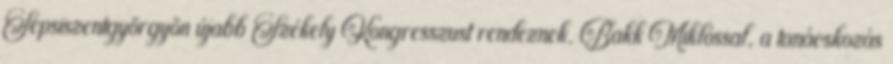
Sepsiszentgyörgyön újabb Székely Kongresszust rendeznek. Bakk Miklóssal, a tanácskozás